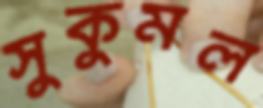
সুকুমল